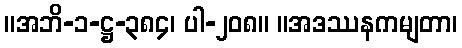
။အဘိ-၁-ဋ္ဌ-၃၈၄၊ ပါ-၂၀၈။ ။အဒဿနကမျတာ၊